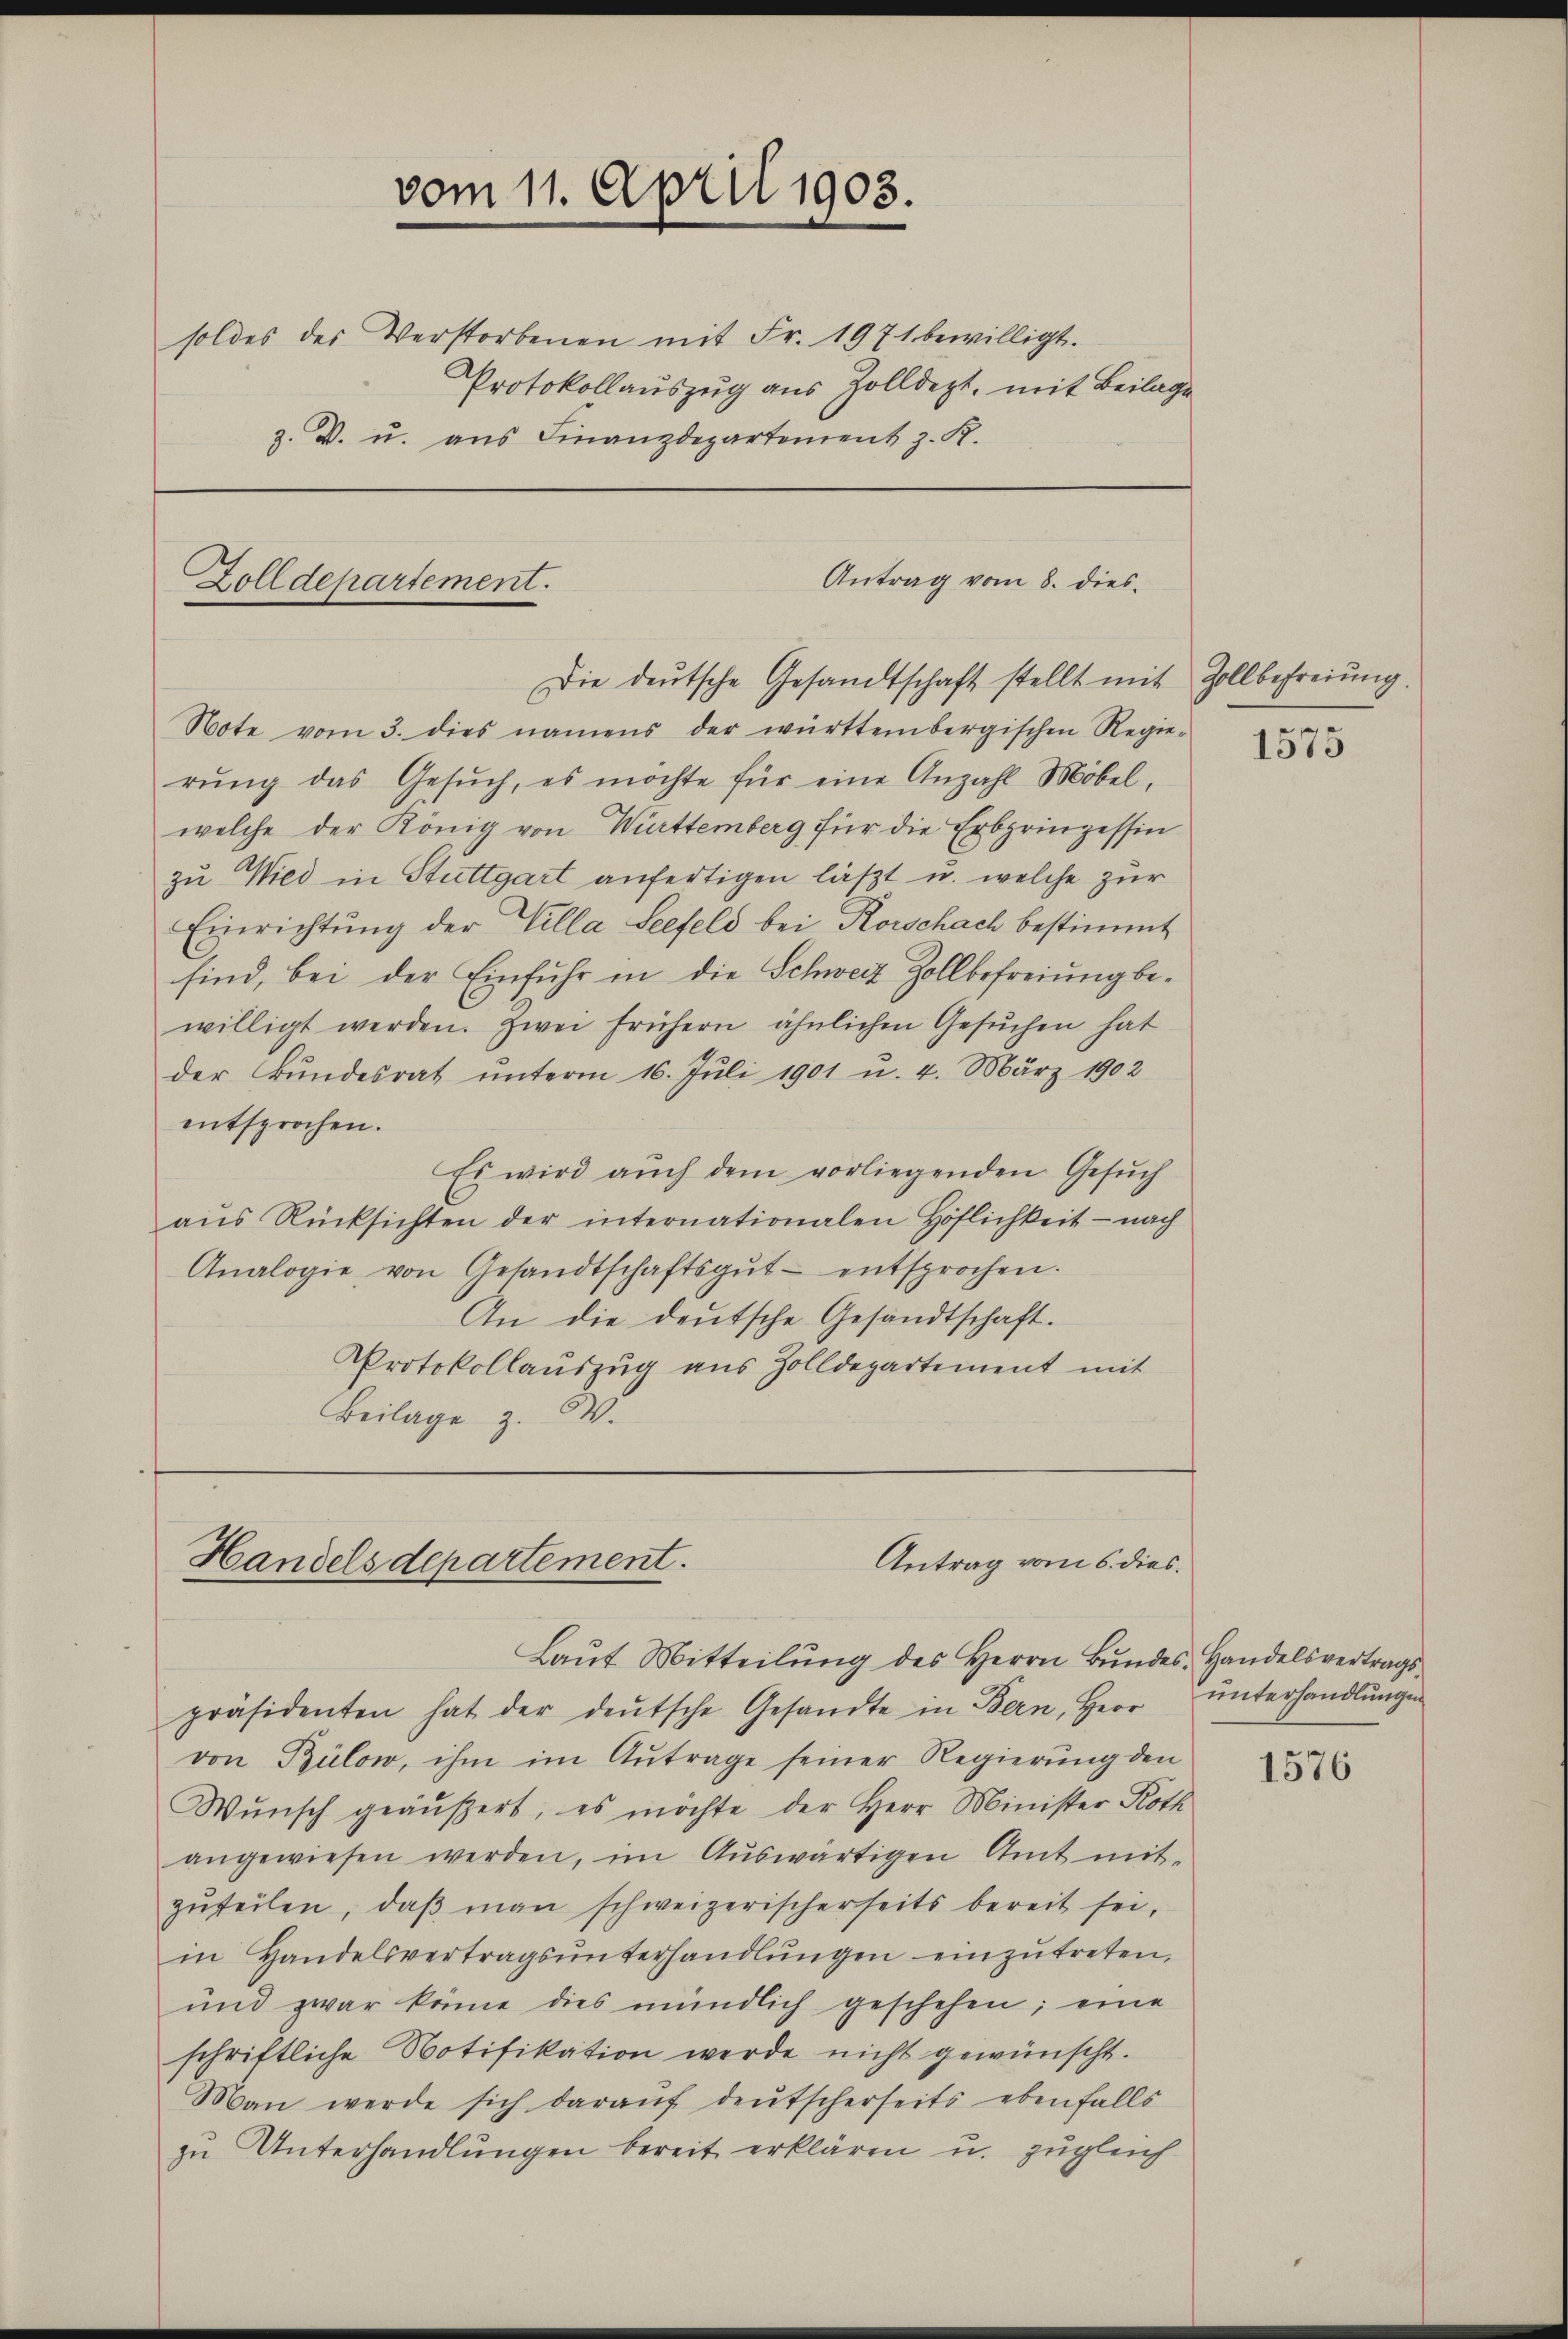
vom 11. April 1903.
soldes des Verstorbenen mit Fr. 1971 bewilligt.
Protokollauszug aus Zolldept, mit Beilage

z. D. u. aus Finanzdepartement z. K.

Antrag vom 8. dies
Zolldepartement.

Die deŭtsche Gesandtschaft stellt mit Zollbefreiung.
Note vom 3. dies namens der württembergischen Regie-
rŭng das Gesŭch, es möchte für eine Anzahl Möbel-
welche der König von Württemberg für die Erbprinzessin
zu Wied in Stuttgart anfertigen läßt u. welche zur
Einrichtung der Villa Seefeld bei Korschach bestimmt
sind, bei der Einfuhr in die Schweiz Zollbefreiung bewilligt werden. Zwei frühern ähnlichen Gesuchen hat
der Bŭndesrat ŭnterm 16. Jŭli 1901 u. 4. März 1902
entsprochen.
Es wird auch dem vorliegenden Gesuch
aŭs Rücksichten der internationalen Höflichkeit - nach
Analogie von Gesandtschaftsgŭt- entsprochen.
An die deutsche Gesandtschaft.
Protokollauszug aus Zolldepartement mit
Beilage z. W.

Antrag vom 6. dies
Handelsdepartement.

Laŭt Mitteilŭng des Herrn Bŭndes Handelsvertrags

präsidenten hat der deŭtsche Gesandte in Bern, Herr
von Bülow, ihm im Antrage seiner Regierung den
Wŭnsch geäußert, es möchte der Herr Minister Roth
angewiesen werden, im Aŭswärtigen Amt mit-
zŭteilen, daβ man schweizerischerseits bereit sei,
in Handelsvertragsŭnterhandlŭngen einzŭtreten,
und zwar könne dies mündlich geschehen; eine
schriftliche Notifikation werde nicht gewünscht.
Man werde sich daraŭf deutscherseits ebenfalls
zu Unterhandlungen bereit erklären u. zugleich

1575

unterhandlungen

1576